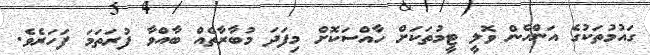
ގައުމުތަކުގެ އަންހެން ވޮލީ ޓީމުތަކަށް ހާއްސަކޮށް މިފަދަ މުބާރާތެއް ބާއްވާ ފުރަތަމަ ފަހަރެވެ.